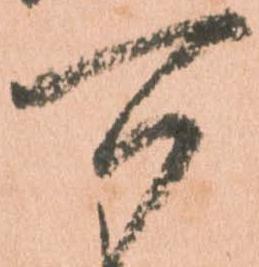
可